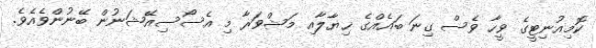
ކޮމިއުނިޓީގެ ވީހާ ވެސް ގިނަ ބައެއްގެ ޚިޔާލާއި މަޝްވަރާ މި އެސޯސިއޭޝަނުން ބޭނުންވެއެވެ.